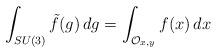
LaTeX: \begin{align*} \int_{SU(3)}\tilde f(g)\,dg = \int_{\mathcal O_{x,y}} f(x)\,dx\end{align*}